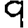
Digit: 9